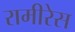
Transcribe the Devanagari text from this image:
रामीरेस